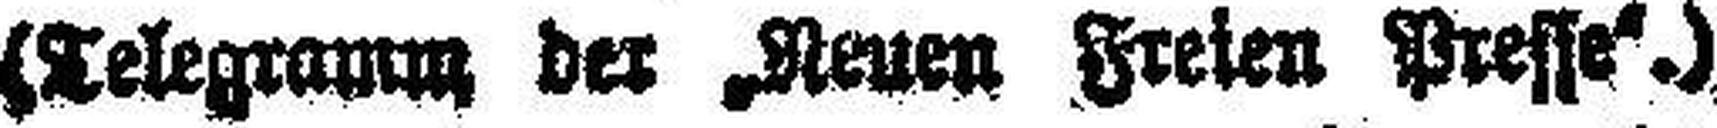
(Telegramm der „Neuen Freien Presse“.)